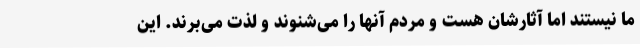
ما نیستند اما آثارشان هست و مردم آنها را می‌شنوند و لذت می‌برند. این